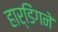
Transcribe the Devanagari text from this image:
हार्डिंगने